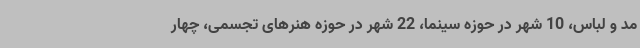
مد و لباس، 10 شهر در حوزه سینما، 22 شهر در حوزه هنرهای تجسمی، چهار